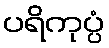
ပရိကုပ္ပံ